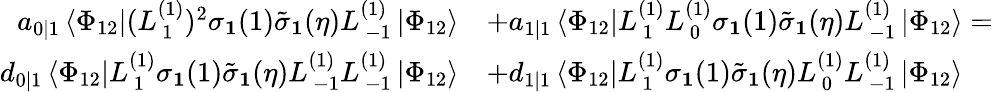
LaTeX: \begin{array}{rl}{a_{0|1}\left\langle\Phi_{12}\right|(L_{\, 1}^{(1)})^{2}\sigma_{\mathbf{1}}(1)\tilde{\sigma}_{\mathbf{1}}(\eta)L_{\, -1}^{(1)}\left|\Phi_{12}\right\rangle}&{+a_{1|1}\left\langle\Phi_{12}\right|L_{\, 1}^{(1)}L_{\, 0}^{(1)}\sigma_{\mathbf{1}}(1)\tilde{\sigma}_{\mathbf{1}}(\eta)L_{\, -1}^{(1)}\left|\Phi_{12}\right\rangle=}\\ {d_{0|1}\left\langle\Phi_{12}\right|L_{\, 1}^{(1)}\sigma_{\mathbf{1}}(1)\tilde{\sigma}_{\mathbf{1}}(\eta)L_{\, -1}^{(1)}L_{\, -1}^{(1)}\left|\Phi_{12}\right\rangle}&{+d_{1|1}\left\langle\Phi_{12}\right|L_{\, 1}^{(1)}\sigma_{\mathbf{1}}(1)\tilde{\sigma}_{\mathbf{1}}(\eta)L_{\, 0}^{(1)}L_{\, -1}^{(1)}\left|\Phi_{12}\right\rangle}\end{array}